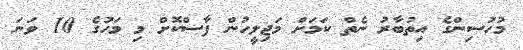
މުހުސިންގެ އިތުބާރު ނެތް ކަމަށް މަޖިލީހުން ފާސްކޮށް މި މަހުގެ 10 ވަނަ